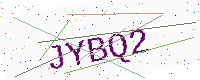
Text: JYBQ2